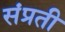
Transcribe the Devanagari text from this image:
संप्रती